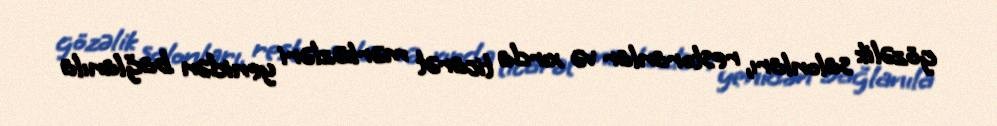
gözəlik salonları, restoranlar və xırda ticarət mərkəzləri yenidən bağlanıla